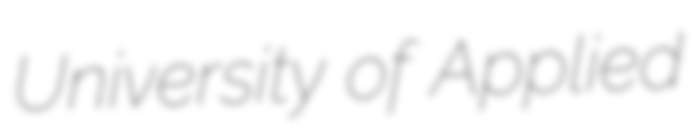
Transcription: University of Applied